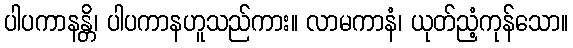
ပါပကာနန္တိ၊ ပါပကာနဟူသည်ကား။ လာမကာနံ၊ ယုတ်ညံ့ကုန်သော။